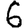
Digit: 6